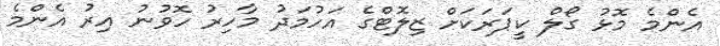
އެންމެ މޮޅު ގޯލް ކީޕަރަކަށް ޒިލޮޓްގެ އަހުމަދު މާހިރު ހޮވުނު އިރު އެންމެ